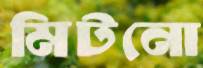
মিটনো